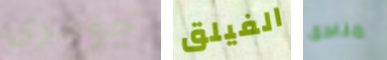
جوهري الفيلق مناطق